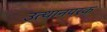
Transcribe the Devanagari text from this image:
उत्थानपरक